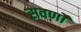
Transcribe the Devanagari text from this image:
सवर्णो